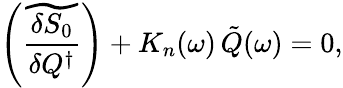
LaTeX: \left(\widetilde{\frac{\delta S_{0}}{\delta Q^{\dagger}}}\right)+K_{n}(\omega)\, \tilde{Q}(\omega)=0,